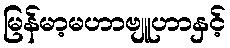
မြန်မာ့မဟာဗျူဟာနှင့်